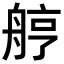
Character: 𦨾